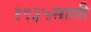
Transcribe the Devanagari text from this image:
१९३५साली